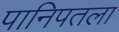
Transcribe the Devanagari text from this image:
पानिपतला